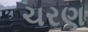
ચરણ